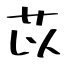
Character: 苡